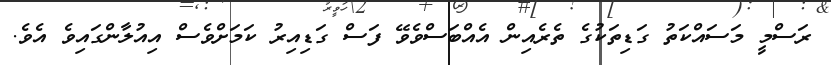
ރަސްމީ މަސައްކަތު ގަޑިތަކުގެ ތެރެއިން އެއްބަސްވެވޭ ފަސް ގަޑިއިރު ކަމަށްވެސް އިއުލާންގައިވެ އެވެ.